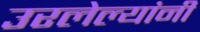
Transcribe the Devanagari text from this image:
उरलेल्यांनी